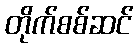
တိုက်စစ်ဆင်